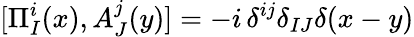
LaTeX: [\Pi_{I}^{i}(x),A_{J}^{j}(y)]=-i\, \delta^{ij}\delta_{IJ}\delta(x-y)